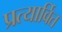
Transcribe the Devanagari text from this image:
प्रत्यार्वित